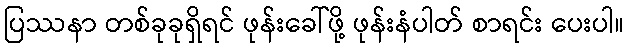
ပြဿနာ တစ်ခုခုရှိရင် ဖုန်းခေါ်ဖို့ ဖုန်းနံပါတ် စာရင်း ပေးပါ။